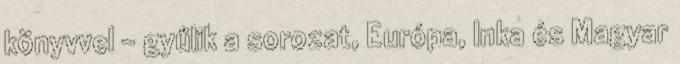
könyvvel - gyűlik a sorozat, Európa, Inka és Magyar